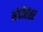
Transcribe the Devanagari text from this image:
व्हेर्दीनंतर